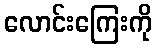
လောင်းကြေးကို